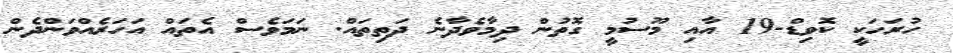
ހުރަހަކީ ކޮވިޑް-19 އާއި މޫސުމީ ގޮތުން ދިމާވެދާނެ ދަތިތައް. ނަމަވެސް އެތައް އަހަރެއްވަންދެން